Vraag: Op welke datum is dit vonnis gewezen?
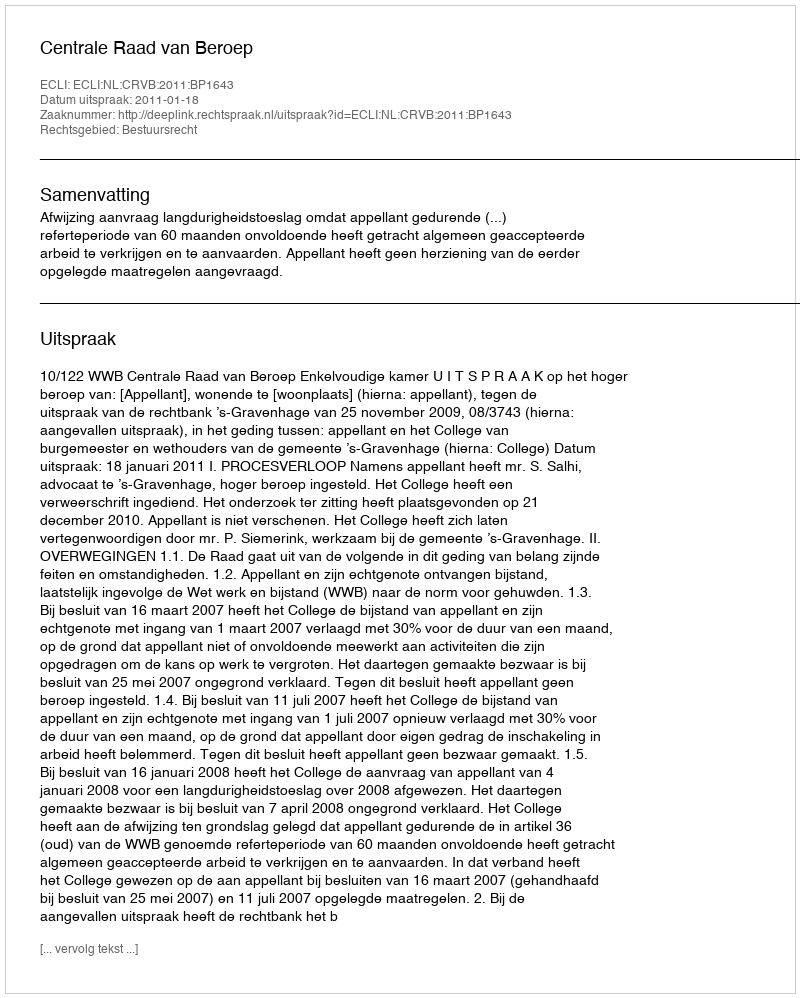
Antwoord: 2011-01-18